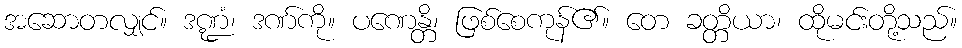
အဆောတလျှင်။ ဒဏ္ဍံ၊ ဒဏ်ကို။ ပဏေန္တိ၊ ဖြစ်စေကုန်၏။ တေ ခတ္တိယာ၊ ထိုမင်းတို့သည်။